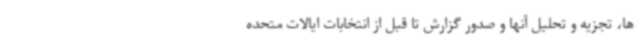
ها، تجزیه و تحلیل آنها و صدور گزارش تا قبل از انتخابات ایالات متحده